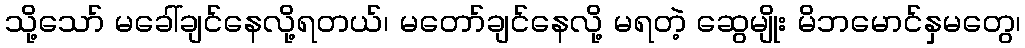
သို့သော် မခေါ်ချင်နေလို့ရတယ်၊ မတော်ချင်နေလို့ မရတဲ့ ဆွေမျိုး မိဘမောင်နှမတွေ၊